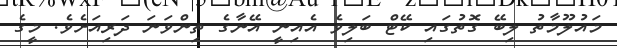
މައުލޫމާތު ލިބޭ ގޮތުގައި ކޭޓް ބަލިވެ އެއިނީ އޭނާގެ ތިންވަނަ ދަރިއަށެވެ. މީގެ